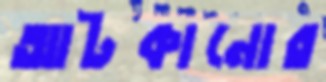
আটকানোর